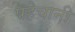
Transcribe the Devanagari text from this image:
पहेचानी